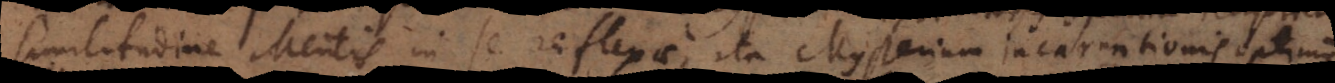
similitudine Mentis in se reflexae, ita Mysterium incarnationis optime